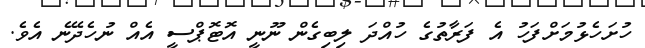
ހުށަހެޅުމަށްފަހު އެ ފަރާތުގެ ހުއްދަ ލިބިގެން ނޫނީ އޮޓޮޕްސީ އެއް ނުހެދޭނެ އެވެ.